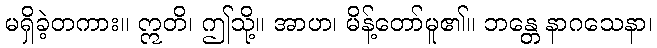
မရှိခဲ့တကား။ ဣတိ၊ ဤသို့။ အာဟ၊ မိန့်တော်မူ၏။ ဘန္တေ နာဂသေနာ၊